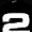
Digit: 2